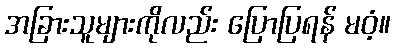
အခြားသူများကိုလည်း ပြောပြရန် မဝံ့။